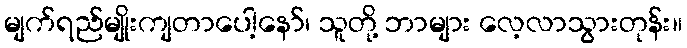
မျက်ရည်မျိုးကျတာပေါ့နော်၊ သူတို့ ဘာများ လေ့လာသွားတုန်း။